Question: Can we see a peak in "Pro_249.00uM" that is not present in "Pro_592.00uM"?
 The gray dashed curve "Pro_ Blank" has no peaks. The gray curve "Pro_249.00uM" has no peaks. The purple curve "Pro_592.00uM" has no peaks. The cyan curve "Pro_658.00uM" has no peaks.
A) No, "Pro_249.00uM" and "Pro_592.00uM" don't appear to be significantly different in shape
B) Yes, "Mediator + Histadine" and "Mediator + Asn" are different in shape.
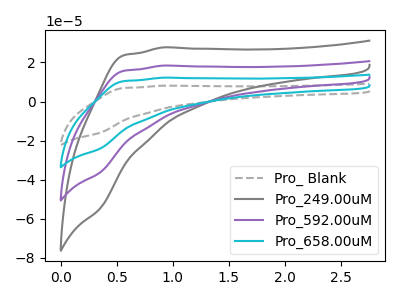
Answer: <think>Neither "Pro_249.00uM" or "Pro_592.00uM" have any peaks.
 </think>
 <answer>A) No, "Pro_249.00uM" and "Pro_592.00uM" don't appear to be significantly different in shape</answer>
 <eval>A</eval>